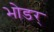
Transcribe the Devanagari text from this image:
भोडर्